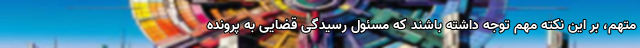
متهم، بر این نکته مهم توجه داشته باشند که مسئول رسیدگی قضایی به پرونده